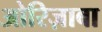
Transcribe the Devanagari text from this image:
ओरिज़ाबा